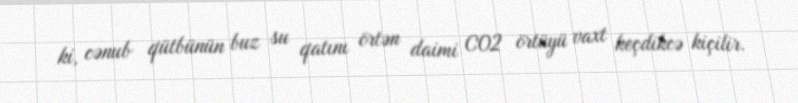
ki, cənub qütbünün buz su qatını örtən daimi CO2 örtüyü vaxt keçdikcə kiçilir.